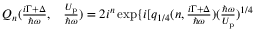
\begin{array} { r l } { Q _ { n } ( \frac { i \Gamma + \Delta } { \hbar \omega } , } & { { } \frac { U _ { \mathrm { p } } } { \hbar \omega } ) = 2 i ^ { n } \exp \{ i [ q _ { 1 / 4 } ( n , \frac { i \Gamma + \Delta } { \hbar \omega } ) ( \frac { \hbar \omega } { U _ { \mathrm { p } } } ) ^ { 1 / 4 } } \end{array}